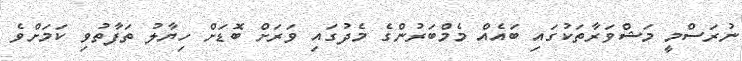
ނުރަސްމީ މަޝްވަރާތަކުގައި ބައެއް މެމްބަރުންގެ މެދުގައި ވަރަށް ބޮޑަށް ހިޔާލު ތަފާތުވި ކަމަށްވެ